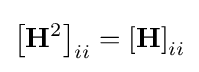
\left[\mathbf {H} ^{2}\right]_{ii}=\left[\mathbf {H} \right]_{ii}